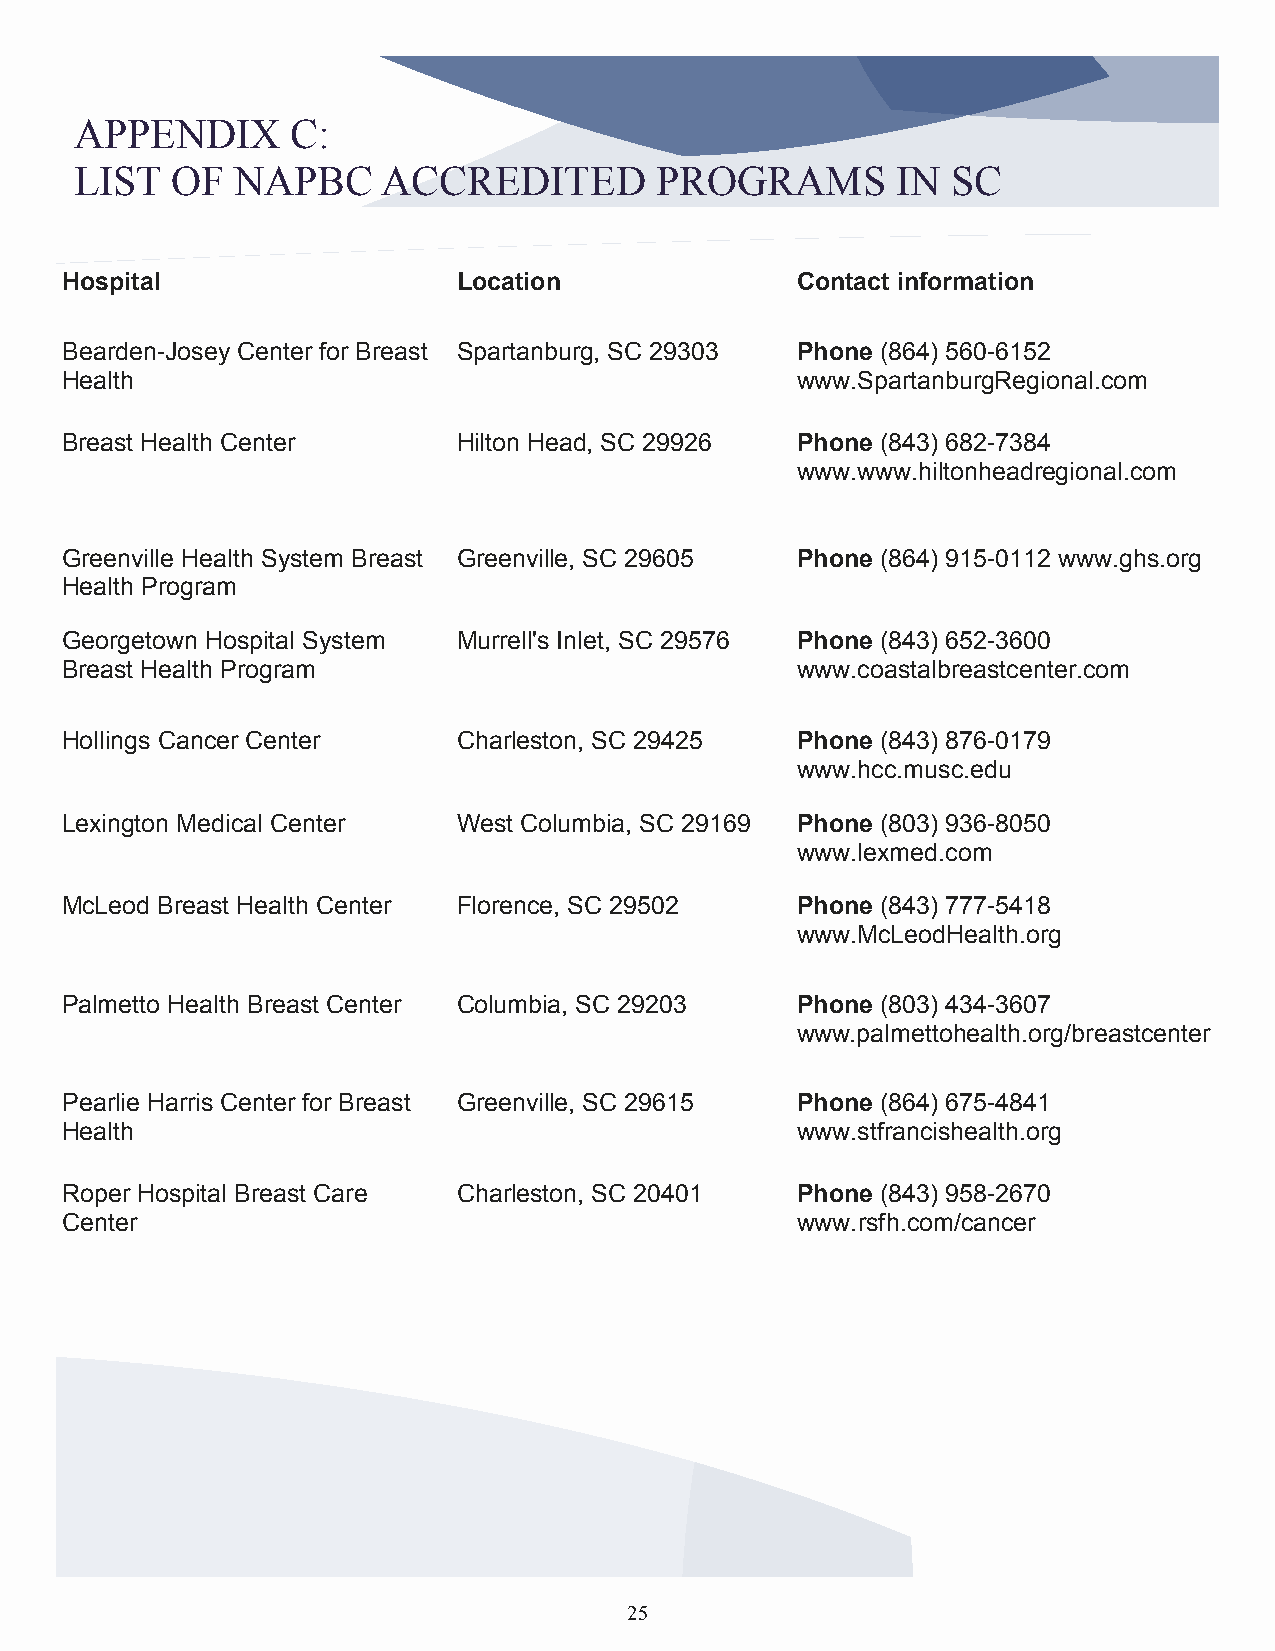
APPENDIX      C:
 LIST  OF   NAPBC    ACCREDITED        PROGRAMS        IN  SC
 Hospital                  Location               Contact information
 Bearden-Josey Center for Breast Spartanburg, SC 29303 Phone (864) 560-6152
 Health                                           www.SpartanburgRegional.com
 Breast Health Center      Hilton Head, SC 29926  Phone (843) 682-7384
 www.www.hiltonheadregional.com
 Greenville Health System Breast Greenville, SC 29605 Phone (864) 915-0112 www.ghs.org
 Health Program
 Georgetown Hospital System Murrell's Inlet, SC 29576 Phone (843) 652-3600
 Breast Health Program                            www.coastalbreastcenter.com
 Hollings Cancer Center    Charleston, SC 29425   Phone (843) 876-0179
 www.hcc.musc.edu
 Lexington Medical Center  West Columbia, SC 29169 Phone (803) 936-8050
 www.lexmed.com
 McLeod Breast Health Center Florence, SC 29502   Phone (843) 777-5418
 www.McLeodHealth.org
 Palmetto Health Breast Center Columbia, SC 29203 Phone (803) 434-3607
 www.palmettohealth.org/breastcenter
 Pearlie Harris Center for Breast Greenville, SC 29615 Phone (864) 675-4841
 Health                                           www.stfrancishealth.org
 Roper Hospital Breast Care Charleston, SC 20401  Phone (843) 958-2670
 Center                                           www.rsfh.com/cancer
 25